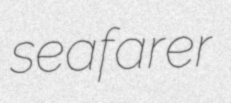
seafarer